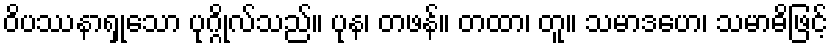
ဝိပဿနာရှုသော ပုဂ္ဂိုလ်သည်။ ပုန၊ တဖန်။ တထာ၊ တူ။ သမာဒဟေ၊ သမာဓိဖြင့်